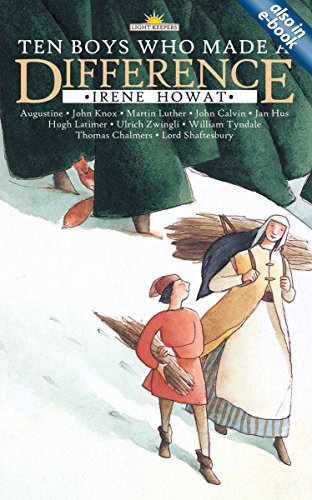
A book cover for Ten Boys Who Made a Difference (Lightkeepers); Irene Howat; Children's Books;